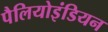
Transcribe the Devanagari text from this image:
पैलियोइंडियन